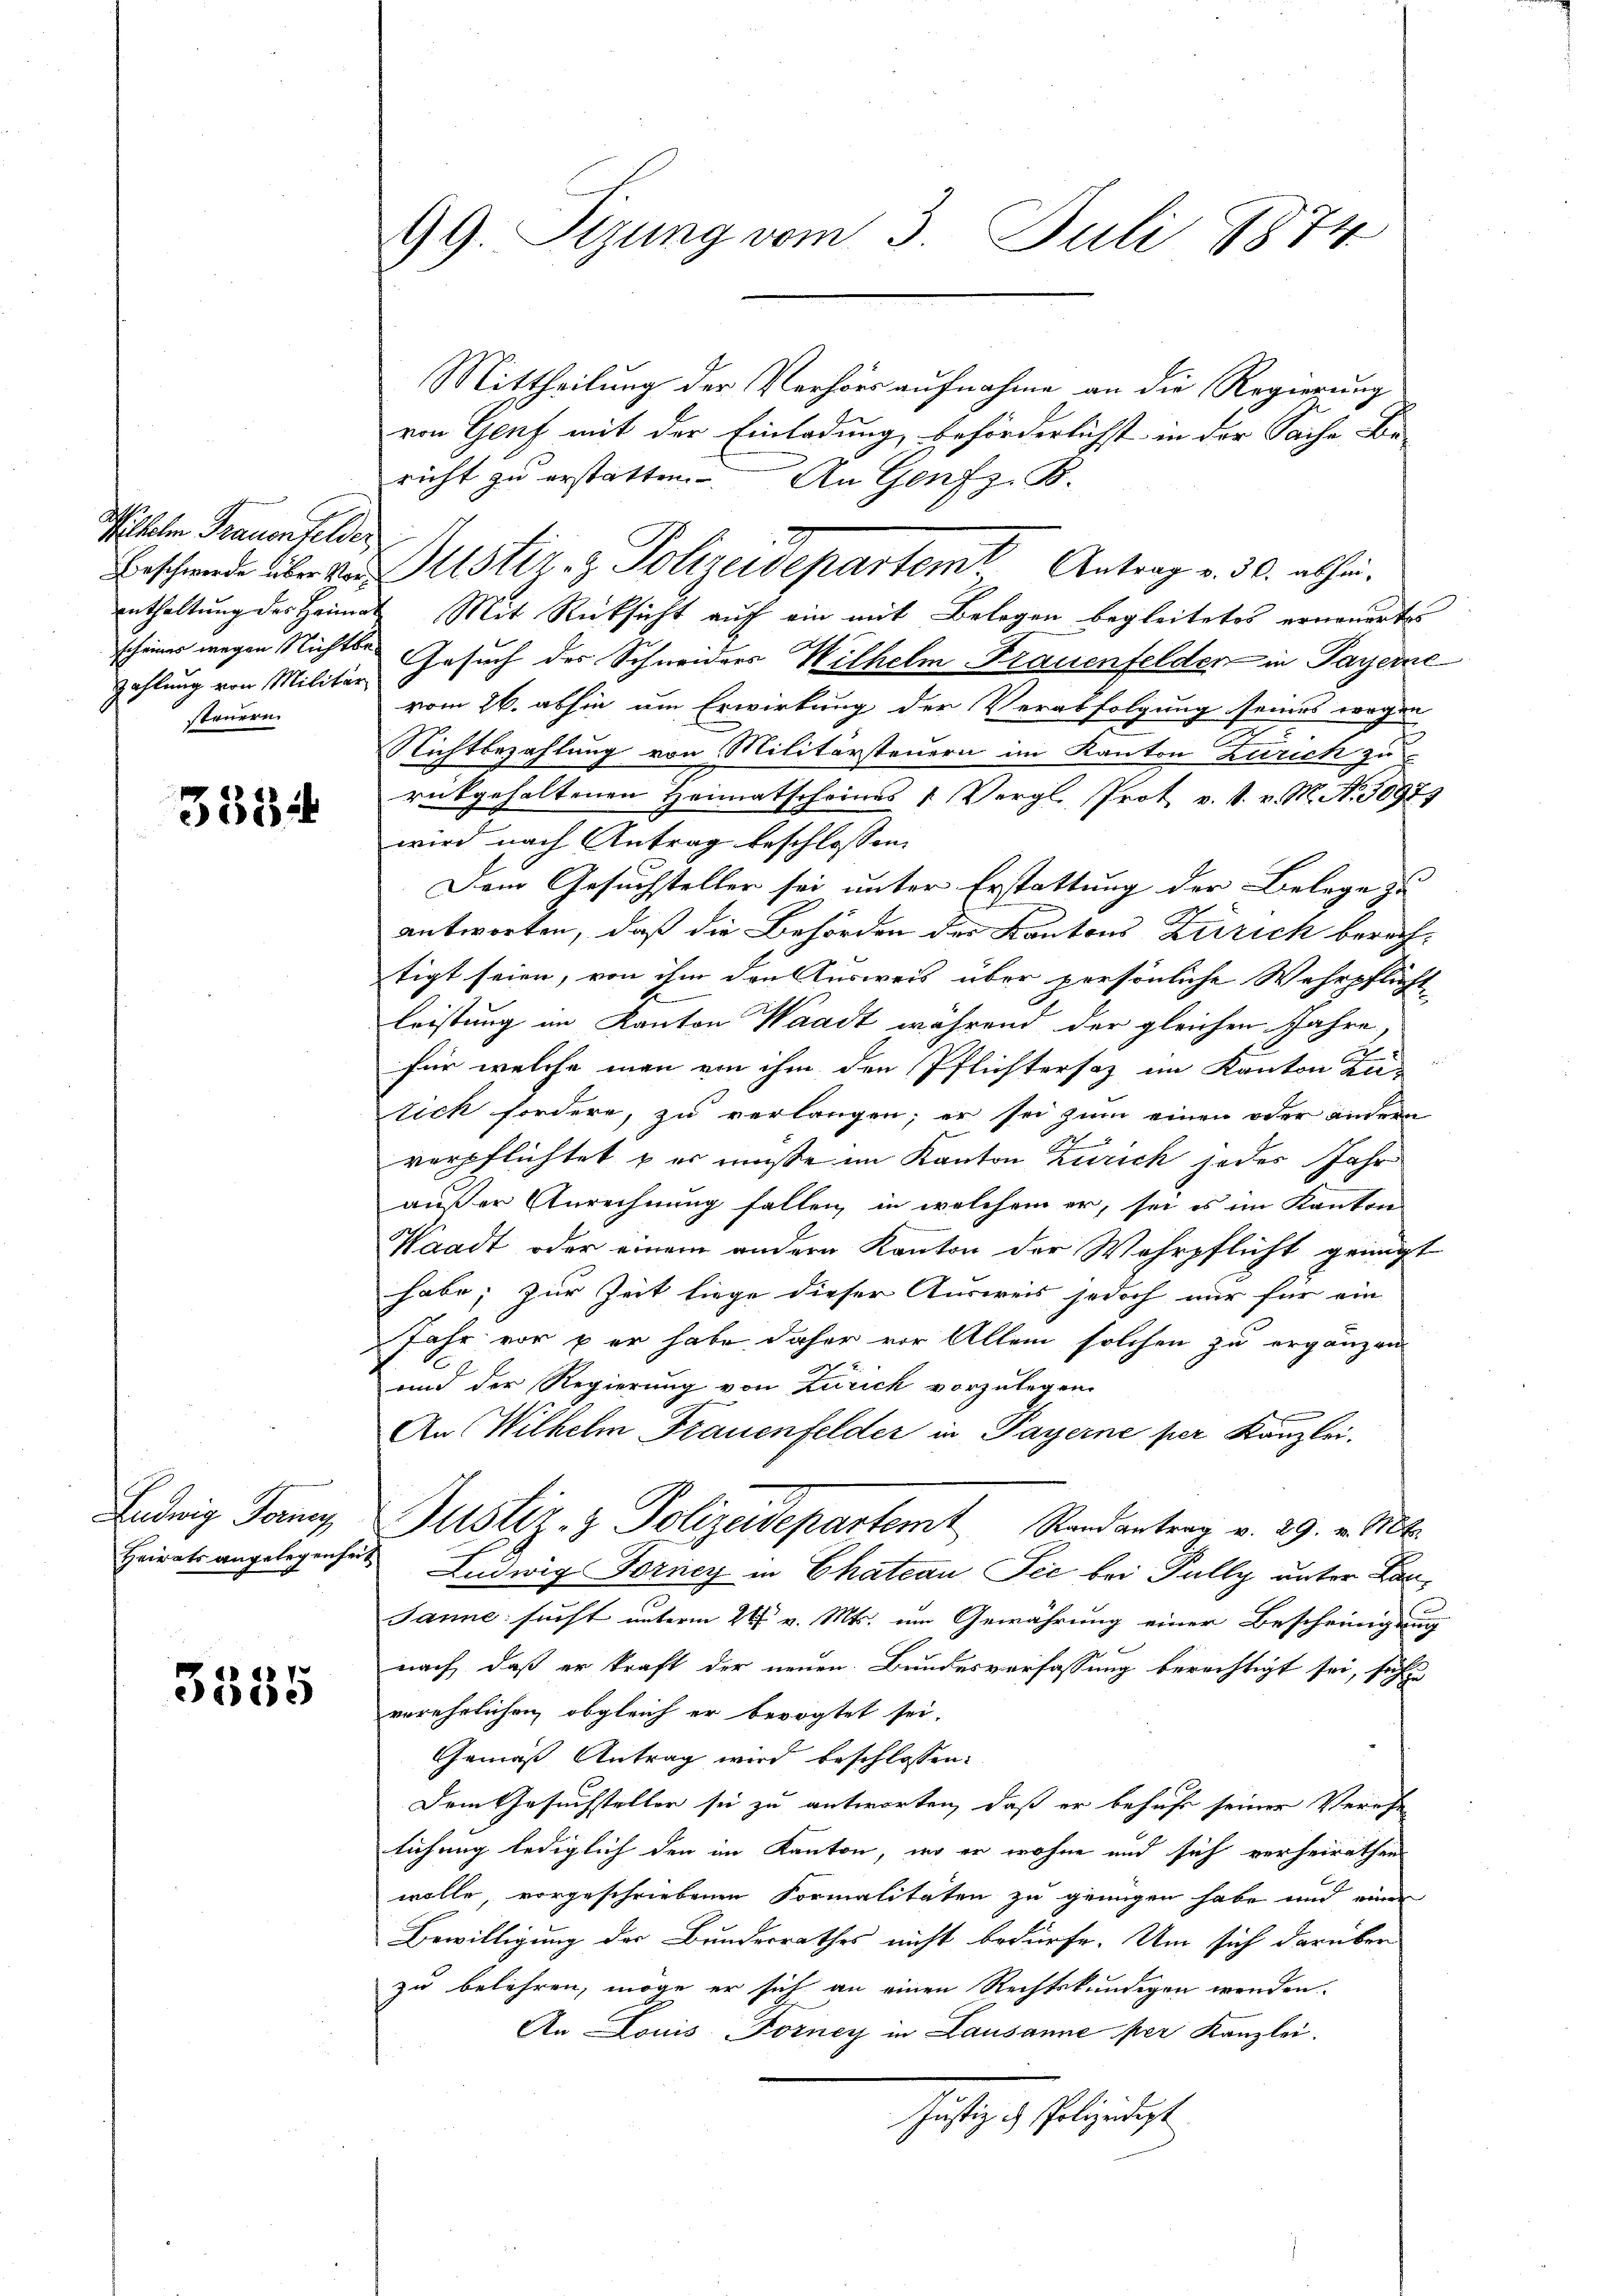
Witeln Trauenfelder
zahlung von Militär
steuern.

3334

Ludwig Ferney
Heirats angelegenhe

3585

99. Sizung vom 3. Juli 1874

Mittheilung der Verhörs aufnahme an die Regierung
von Genf mit der Einladung beförderlichst in der Sache Be-
richt zu erstatten. An Genf z. B.
enthaltung des Heimat. Mit Rücksicht auch ein mit Belegen begleitetes erneuertes
schines wegen Nichts Gesuch des Schneiders Wilhelm Frauenfelder in Payerne
vom 26. abhin um Erwirkung der Verabfolgung seines wegen
Nichtbezahlung von Militärsteuern im Kanton Zürich zu
rückgehaltenen Heimatscheines u. Vergl. Prot v. s. v. M. N. 3097)
wird nach Antrag beschlossen:
Dem Gesuchsteller sei unter Erstattung der Belege zu
antworten, daß die Behörden der Kantons Zürich berechtigt seien, von ihm den Ausweis über persönliche Wehrpflicht
leistung im Kanton Waadt während der gleichen Jahre
für welche man von ihm den Pflichtersaz im Kanton Tutich fordere, zu verlangen; er sei zum einen oder andern
verpflichtet & es müße im Kanton Zürich jedes Jahr
außer Anrechnung fallen, in welchem er, sei es im Kanton
Waadt oder einem andern Kanton der Wehrpflicht genügt
habe; zur Zeit liege dieser Ausweis jedoch nur für ein
Jahr vor & er habe daher vor Allem solchen zu ergänzen
und der Regierung von Zürich vorzulegen.
An Wilhelm Frauenfelder in Payerne per Kanzlei.
Justiz- & Polizeidepartemt Randantrag v. 29. v. Mts.
Ludwig Forney in Chateau Sie bei Fully unter Lan¬
Janne sucht unterm 26t v. Mts. um Gewährung einer Beschringung
nach, daß er kraft der neuen Bundesverfassung berechtigt sei, sich
verehelichen, obgleich er bevogtet sei.
Gemäß Antrag wird beschlossen:
Dem Gesuchsteller sei zu antworten, daß er behuf seiner Verehe-
lichung lediglich den im Kanton, in er wohne und sich verheirathen
wolle, vorgeschriebenen Formalitäten zu genügen habe und einer
Bewilligung der Bundesrathes nicht bedürfe. Um sich darüber
zu belehren, möge er sich an einen Rechtskundigen werden.
An Louis Forney in Lausanne per Kanzlei.
seitige Erledigt

Erschwerde über die Justiz- & Polizeidepartemt Antrag v. 30. abhän¬